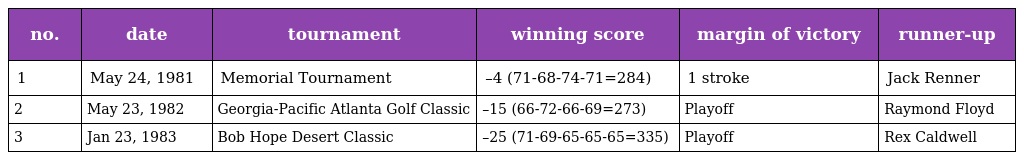
| no. | date | tournament | winning score | margin of victory | runner-up |
 | --- | --- | --- | --- | --- | --- |
 | 1 | May 24, 1981 | Memorial Tournament | –4 (71-68-74-71=284) | 1 stroke | Jack Renner |
 | 2 | May 23, 1982 | Georgia-Pacific Atlanta Golf Classic | –15 (66-72-66-69=273) | Playoff | Raymond Floyd |
 | 3 | Jan 23, 1983 | Bob Hope Desert Classic | –25 (71-69-65-65-65=335) | Playoff | Rex Caldwell |